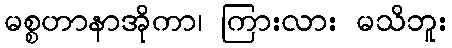
မစ္စဟာနာအိုကာ၊ ကြားလား မသိဘူး